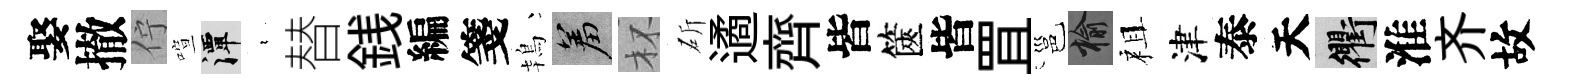
娶撤佇喧潭裊替銭編箋鴇羞杯斫遹齊皆篋皆罝邕榆祖津泰天衢淮齐故